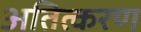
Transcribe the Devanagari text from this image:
अतित्करण